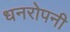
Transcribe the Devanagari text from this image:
धनरोपनी